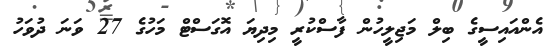
އެންއައިސީގެ ބިލް މަޖިލީހުން ފާސްކުރީ މިދިޔަ އޮގަސްޓް މަހުގެ 27 ވަނަ ދުވަހު